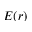
E ( r )